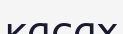
касах